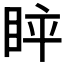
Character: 𱲵